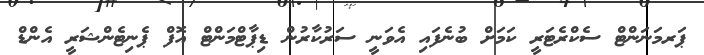
ޕަރމަނަންޓް ސެކްރެޓަރީ ކަމަށް ބުނެފައި އެވަނީ ސަރުކާރުން ޑިޕާޓްމަންޓް އޮފް ޕެނިޓެންޝަރީ އެންޑް